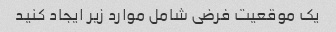
یک موقعیت فرضی شامل موارد زیر ایجاد کنید